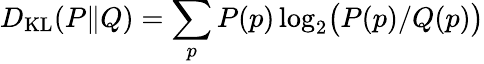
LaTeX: D_{\mathrm{{KL}}}(P\Vert Q)=\sum_{p}P(p)\log_{2}\bigl(P(p)/Q(p)\bigr)